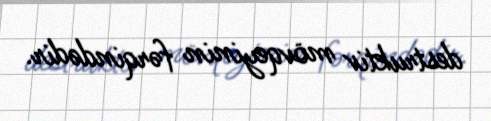
destruktiv mövqeyinin fərqindədir.